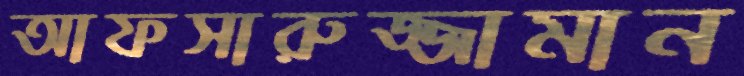
আফসারুজ্জামান